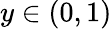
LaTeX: y\in(0,1)